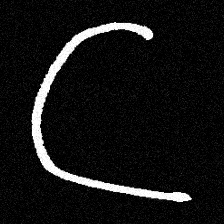
Pyu character \u2014 Myanmar letter: ဋ (romanized: tta)